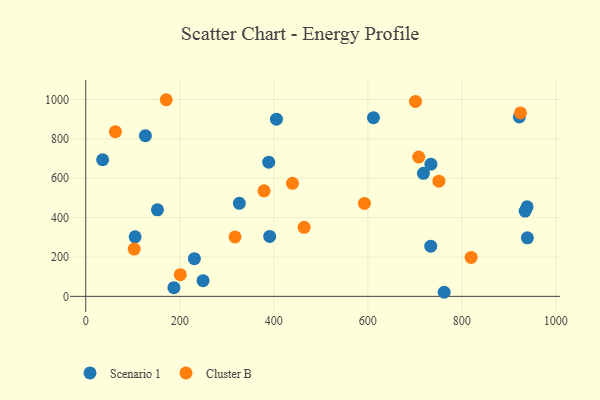
{"axis": {"x": "Price", "y": "Profit"}, "legend": ["Cluster B", "Scenario 1"], "data": [{"x": "612.0", "y": 907.1, "type": "Scenario 1"}, {"x": "326.7", "y": 472.2, "type": "Scenario 1"}, {"x": "939.4", "y": 297.3, "type": "Scenario 1"}, {"x": "734.2", "y": 670.8, "type": "Scenario 1"}, {"x": "405.6", "y": 899.6, "type": "Scenario 1"}, {"x": "922.3", "y": 910.8, "type": "Scenario 1"}, {"x": "249.5", "y": 79.7, "type": "Scenario 1"}, {"x": "126.9", "y": 815.9, "type": "Scenario 1"}, {"x": "718.3", "y": 624.5, "type": "Scenario 1"}, {"x": "938.8", "y": 454.6, "type": "Scenario 1"}, {"x": "391.3", "y": 304.2, "type": "Scenario 1"}, {"x": "762.4", "y": 20.7, "type": "Scenario 1"}, {"x": "35.9", "y": 693.5, "type": "Scenario 1"}, {"x": "733.8", "y": 254.9, "type": "Scenario 1"}, {"x": "231.1", "y": 191.4, "type": "Scenario 1"}, {"x": "105.0", "y": 302.4, "type": "Scenario 1"}, {"x": "389.2", "y": 681.1, "type": "Scenario 1"}, {"x": "152.5", "y": 439.2, "type": "Scenario 1"}, {"x": "187.5", "y": 44.1, "type": "Scenario 1"}, {"x": "934.6", "y": 432.9, "type": "Scenario 1"}, {"x": "708.3", "y": 707.5, "type": "Cluster B"}, {"x": "103.1", "y": 240.0, "type": "Cluster B"}, {"x": "924.8", "y": 931.1, "type": "Cluster B"}, {"x": "317.5", "y": 301.8, "type": "Cluster B"}, {"x": "171.2", "y": 998.2, "type": "Cluster B"}, {"x": "592.8", "y": 471.8, "type": "Cluster B"}, {"x": "379.2", "y": 535.9, "type": "Cluster B"}, {"x": "63.1", "y": 836.1, "type": "Cluster B"}, {"x": "701.4", "y": 989.4, "type": "Cluster B"}, {"x": "751.2", "y": 584.8, "type": "Cluster B"}, {"x": "819.7", "y": 197.6, "type": "Cluster B"}, {"x": "201.1", "y": 109.8, "type": "Cluster B"}, {"x": "439.7", "y": 573.7, "type": "Cluster B"}, {"x": "464.6", "y": 350.3, "type": "Cluster B"}]}